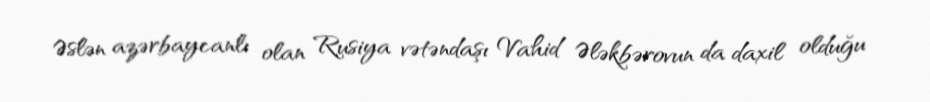
Əslən azərbaycanlı olan Rusiya vətəndaşı Vahid Ələkbərovun da daxil olduğu